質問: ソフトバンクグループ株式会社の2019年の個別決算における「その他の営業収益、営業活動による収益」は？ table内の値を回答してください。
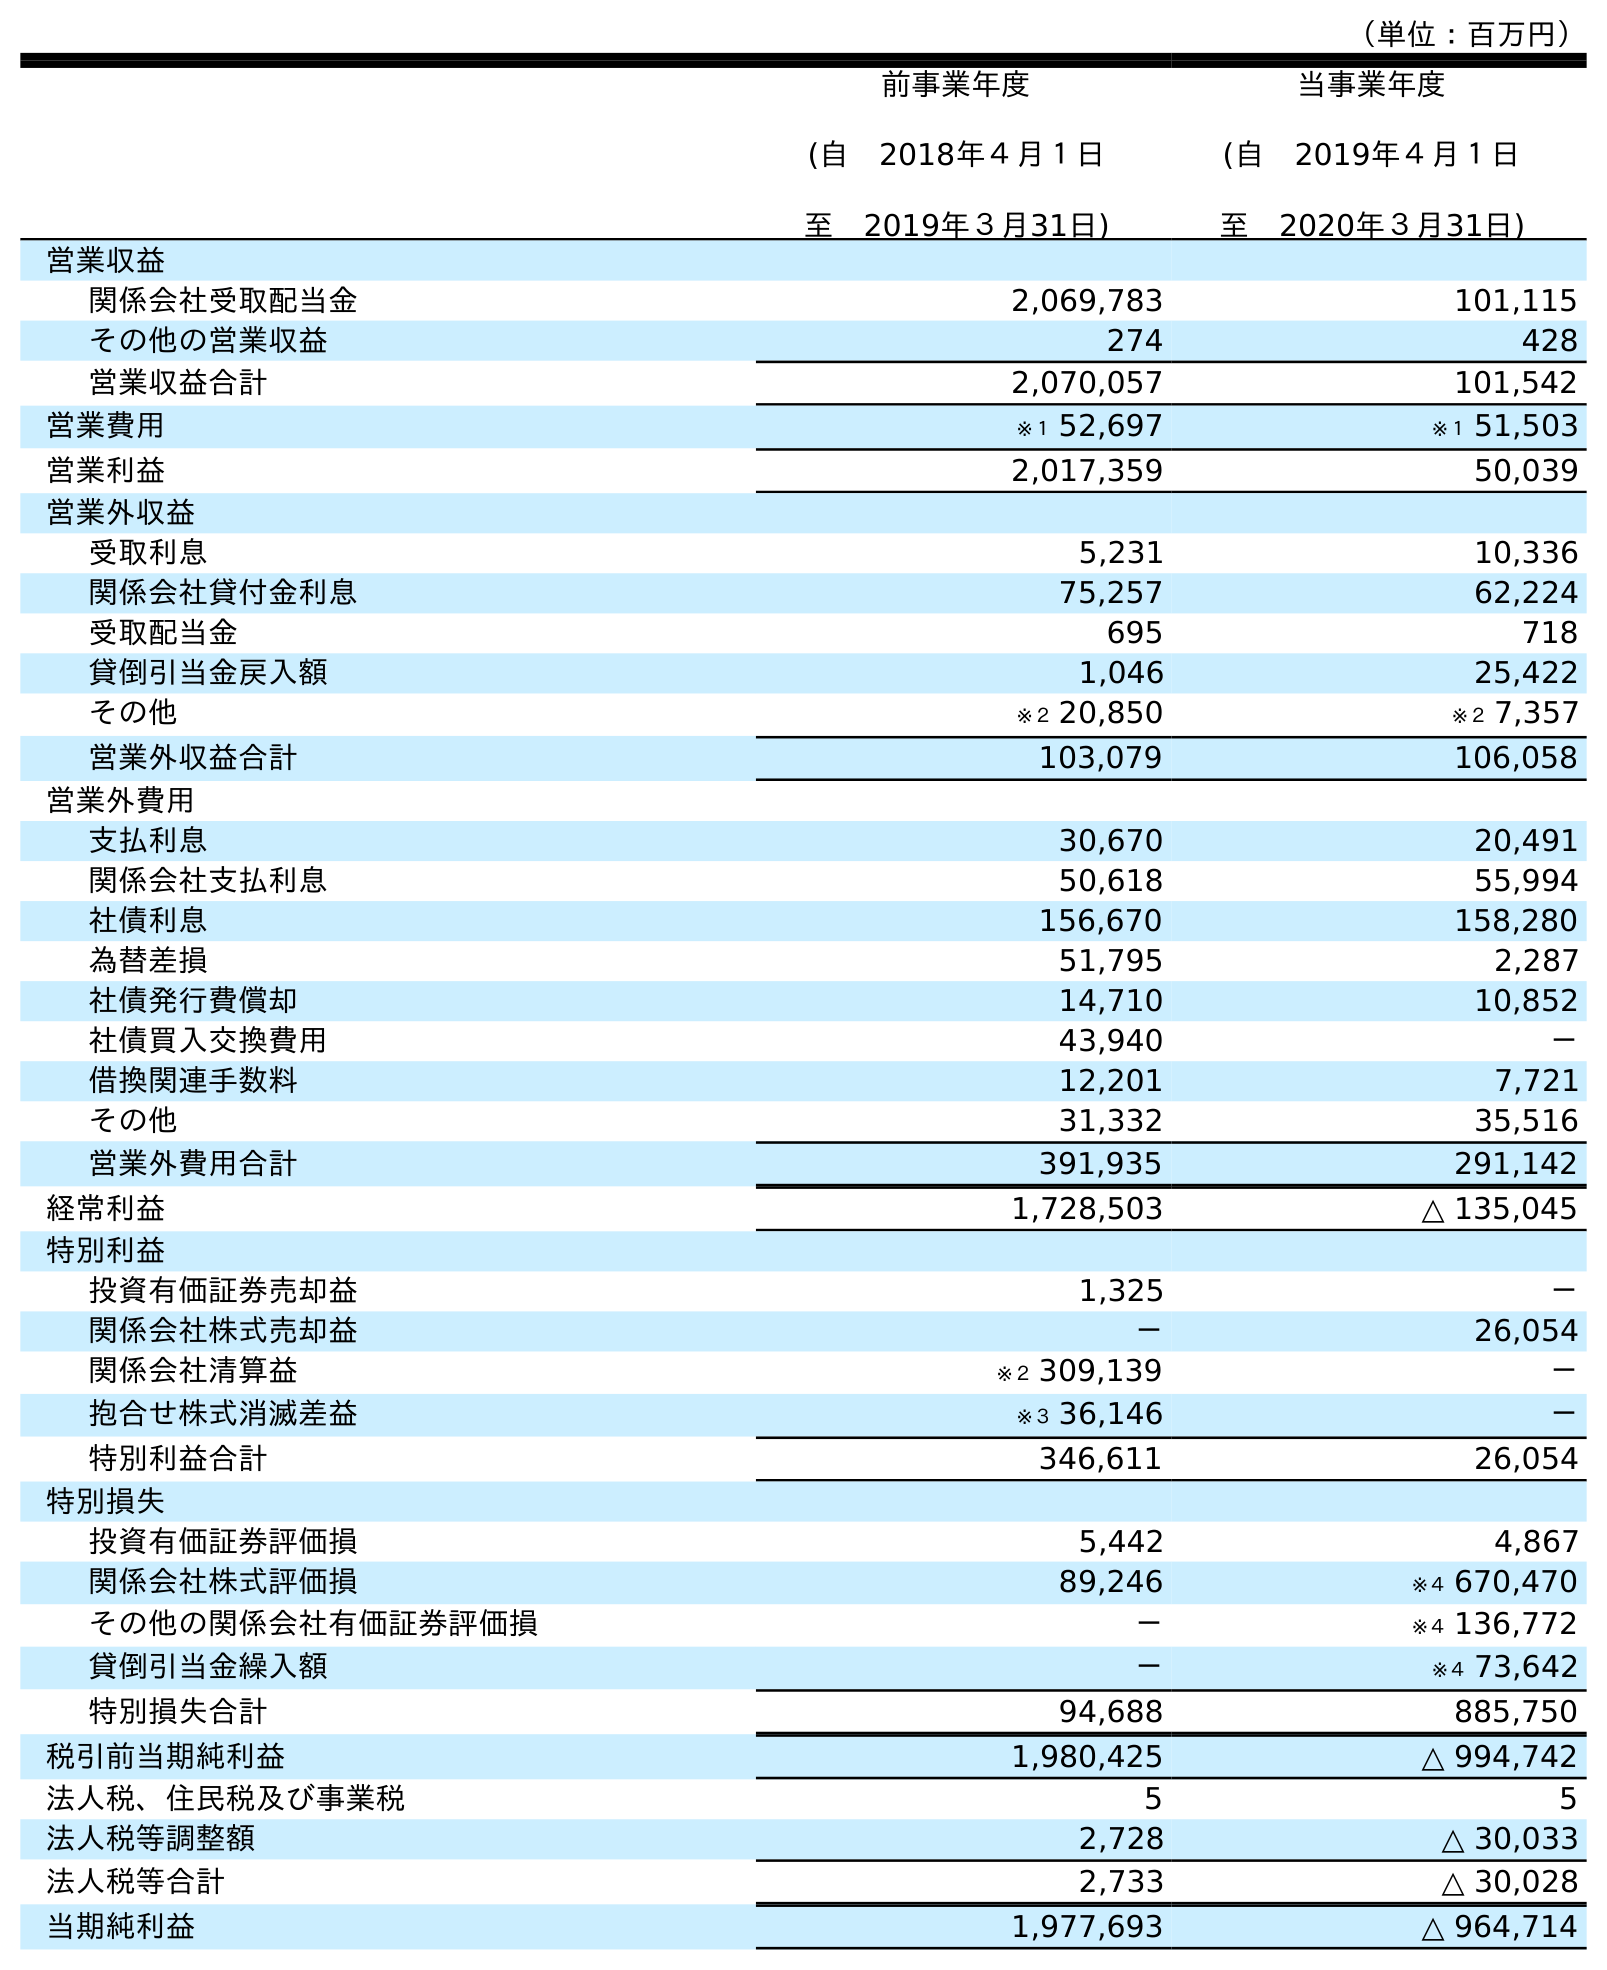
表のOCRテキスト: （単位：百万円） 前事業年度 (自 2018年４月１日 至 2019年３月31日) 当事業年度 (自 2019年４月１日 至 2020年３月31日) 営業収益 関係会社受取配当金 2,069,783 101,115 その他の営業収益 274 428 営業収益合計 2,070,057 101,542 営業費用 ※１ 52,697 ※１ 51,503 営業利益 2,017,359 50,039 営業外収益 受取利息 5,231 10,336 関係会社貸付金利息 75,257 62,224 受取配当金 695 718 貸倒引当金戻入額 1,046 25,422 その他 ※２ 20,850 ※２ 7,357 営業外収益合計 103,079 106,058 営業外費用 支払利息 30,670 20,491 関係会社支払利息 50,618 55,994 社債利息 156,670 158,280 為替差損 51,795 2,287 社債発行費償却 14,710 10,852 社債買入交換費用 43,940 － 借換関連手数料 12,201 7,721 その他 31,332 35,516 営業外費用合計 391,935 291,142 経常利益 1,728,503 △ 135,045 特別利益 投資有価証券売却益 1,325 － 関係会社株式売却益 － 26,054 関係会社清算益 ※２ 309,139 － 抱合せ株式消滅差益 ※３ 36,146 － 特別利益合計 346,611 26,054 特別損失 投資有価証券評価損 5,442 4,867 関係会社株式評価損 89,246 ※４ 670,470 その他の関係会社有価証券評価損 － ※４ 136,772 貸倒引当金繰入額 － ※４ 73,642 特別損失合計 94,688 885,750 税引前当期純利益 1,980,425 △ 994,742 法人税、住民税及び事業税 5 5 法人税等調整額 2,728 △ 30,033 法人税等合計 2,733 △ 30,028 当期純利益 1,977,693 △ 964,714
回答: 274